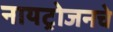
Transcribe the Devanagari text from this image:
नायट्रोजनचे